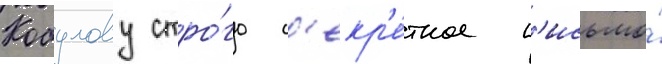
Кобулову стро́го с'екр'е́тное п'исьмо́